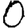
Digit: 0